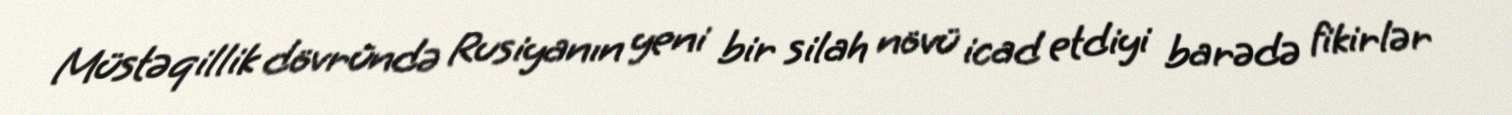
Müstəqillik dövründə Rusiyanın yeni bir silah növü icad etdiyi barədə fikirlər